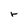
Character: r